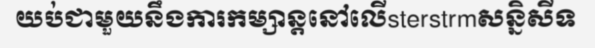
យប់ជាមួយនឹងការកម្សាន្តនៅលើsterstrmសន្និសីទ